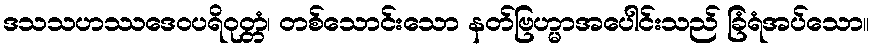
ဒသသဟဿဒေဝပရိဝုတ္တံ၊ တစ်သောင်းသော နတ်ဗြဟ္မာအပေါင်းသည် ခြံရံအပ်သော။